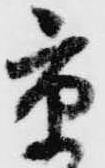
京